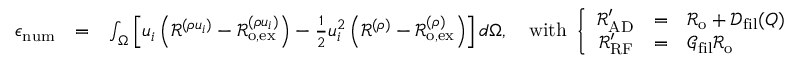
\begin{array} { r l r } { \epsilon _ { \mathrm { n u m } } } & { = } & { \int _ { \Omega } \left[ u _ { i } \left( \mathcal { R } ^ { ( \rho u _ { i } ) } - \mathcal { R } _ { \mathrm { o , e x } } ^ { ( \rho u _ { i } ) } \right) - \frac { 1 } { 2 } u _ { i } ^ { 2 } \left( \mathcal { R } ^ { ( \rho ) } - \mathcal { R } _ { \mathrm { o , e x } } ^ { ( \rho ) } \right) \right] d \Omega , \quad \mathrm { w i t h } \ \left\{ \begin{array} { r c l } { \mathcal { R } _ { \mathrm { A D } } ^ { \prime } } & { = } & { \mathcal { R } _ { \mathrm { o } } + \mathcal { D } _ { \mathrm { f i l } } ( Q ) } \\ { \mathcal { R } _ { \mathrm { R F } } ^ { \prime } } & { = } & { \mathcal { G } _ { \mathrm { f i l } } \mathcal { R } _ { \mathrm { o } } } \end{array} \right. } \end{array}